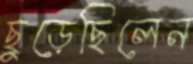
ছুড়েছিলেন